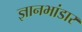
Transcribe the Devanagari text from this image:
ज्ञानभांडार